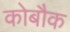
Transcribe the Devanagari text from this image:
कोबौक